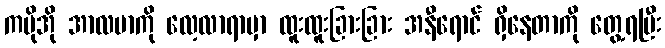
ကမိုအို အာလဗာကို လေ့လာရာမှာ ထူးထူးခြားခြား အနီရောင် ရှိနေတာကို တွေ့ရပြီး